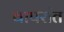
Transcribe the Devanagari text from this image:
वापरांत